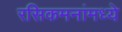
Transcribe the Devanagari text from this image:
रसिकमनांमध्ये